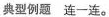
典型例题 连一连。